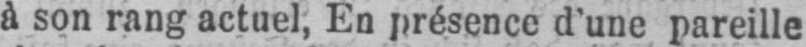
à son rang actuel, En présence d’une pareille